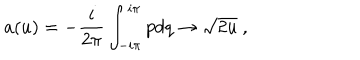
LaTeX: a ( u ) = - { \frac { i } { 2 \pi } } \int _ { - i \pi } ^ { i \pi } p d q \rightarrow \sqrt { 2 u } \ ,